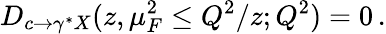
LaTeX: D_{c\rightarrow\gamma^{*}X}(z,\mu_{F}^{2}\le Q^{2}/z;Q^{2})=0\, .